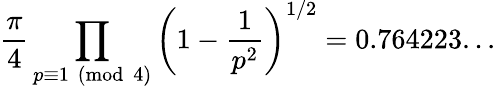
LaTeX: {\frac{\pi}{4}}\prod_{p\equiv 1{\pmod{4}}}\left(1-{\frac{1}{p^{2}}}\right)^{1/2}=0.764223...